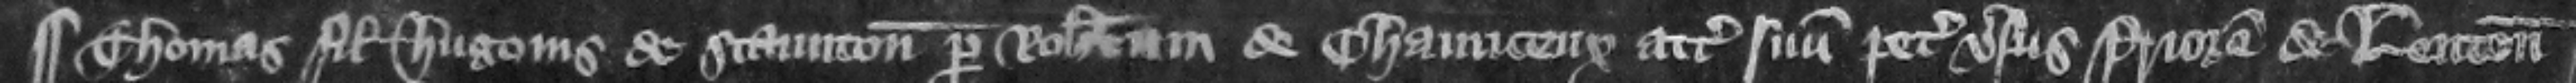
¶ Thomas filius Hugonis de Staunton per Robertum de Chanceux attornatum suum petit versus priorem de Lenton